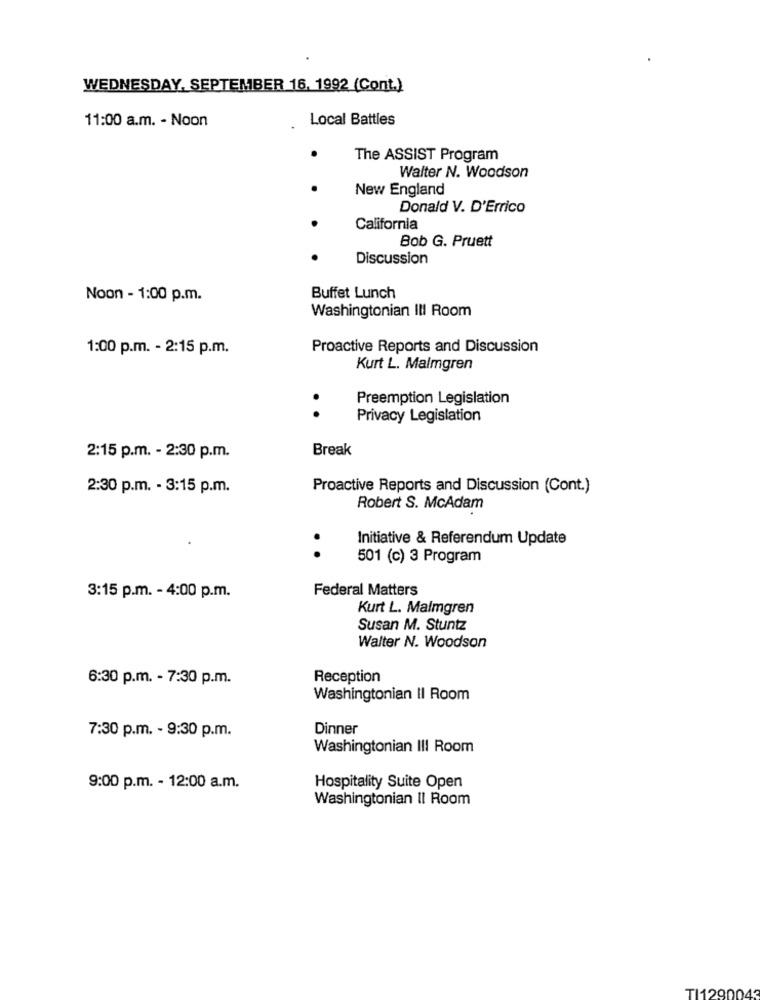
WEDNESDAY, SEPTEMBER 16, 1992 (Cont.)
11:00 a.m. - Noon
Local Battles
The ASSIST Program
Walter N. Woodson
New England
Donald V. D'Errico
California
Bob G. Pruett
..
Discussion
Noon - 1:00 p.m.
Buffet Lunch
Washingtonian III Room
1:00 p.m. - 2:15 p.m.
Proactive Reports and Discussion
Kurt L. Malmgren
Preemption Legislation
.
Privacy Legislation
Break
2:15 p.m. - 2:30 p.m.
2:30 p.m. - 3:15 p.m.
Proactive Reports and Discussion (Cont.)
Robert S. McAdam
Initiative & Referendum Update
. .
501 (c) 3 Program
Federal Matters
3:15 p.m. - 4:00 p.m.
Kurt L. Malmgren
Susan M. Stuntz
Walter N. Woodson
6:30 p.m. - 7:30 p.m.
Reception
Washingtonian II Room
7:30 p.m. - 9:30 p.m.
Dinner
Washingtonian III Room
9:00 p.m. - 12:00 a.m.
Hospitality Suite Open
Washingtonian II Room
TI1290043